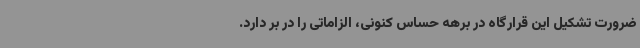
ضرورت تشکیل این قرارگاه در برهه حساس کنونی، الزاماتی را در بر دارد.